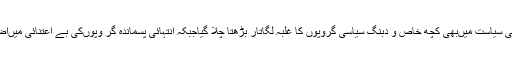
پچھڑے طبقے کی سیاست میںبھی کچھ خاص و دبنگ سیاسی گروپوں کا غلبہ لگاتار بڑھتا چلا گیاجبکہ انتہائی پسماندہ گر وپوںکی بے اعتنائی میںاضافہ ہوتا چلا گیا۔